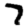
Digit: 7